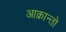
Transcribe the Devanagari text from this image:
आक्रान्तो